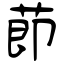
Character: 莭